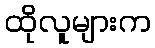
ထိုလူများက